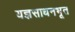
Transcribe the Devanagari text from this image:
यज्ञसाधनभूत